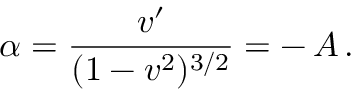
\alpha = \frac { v ^ { \prime } } { ( 1 - v ^ { 2 } ) ^ { 3 / 2 } } = - \, A \, .